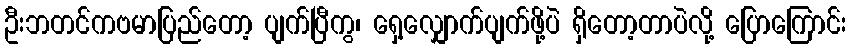
ဦးဘတင်ကဗမာပြည်တော့ ပျက်ပြီကွ၊ ရှေ့လျှောက်ပျက်ဖို့ပဲ ရှိတော့တာပဲလို့ ပြောကြောင်း